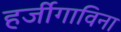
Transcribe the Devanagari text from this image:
हर्जीगाविना